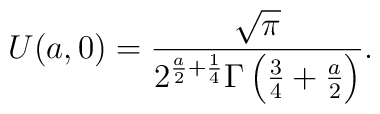
U(a,0)=\frac{\sqrt{\pi}}{2^{\frac{a}{2} + \frac{1}{4}}\Gamma \left(\frac{3}{4} + \frac{a}{2}\right)}.